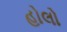
હોલો